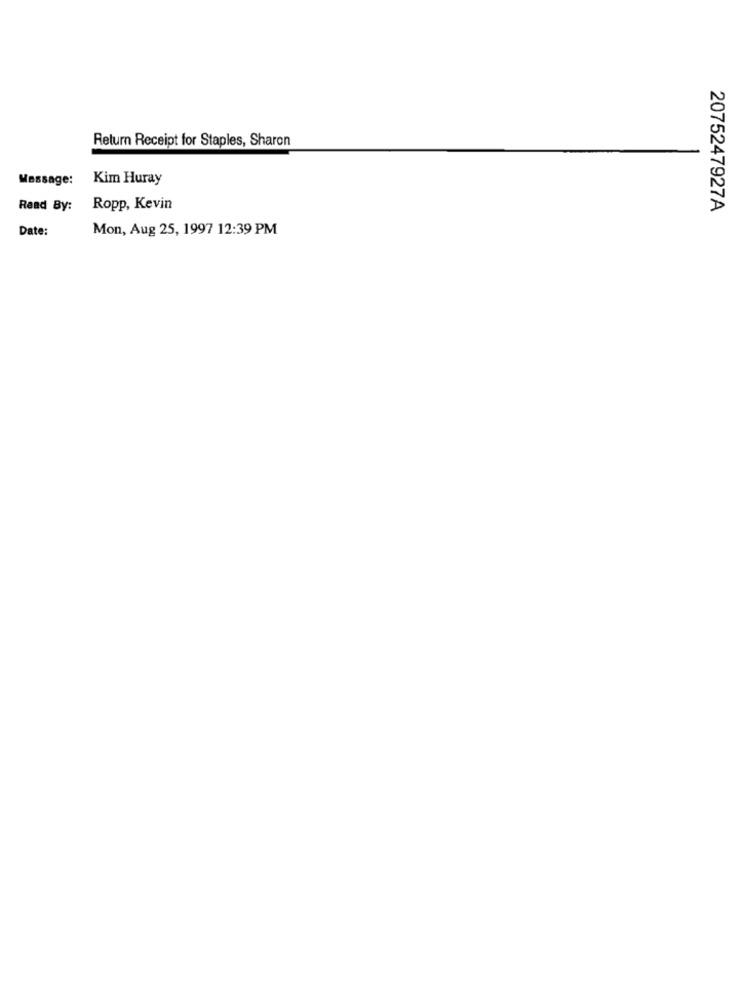
Return Receipt for Staples, Sharon
Message:
Kim Huray
Read By:
Ropp, Kevin
2075247927A
Date:
Mon, Aug 25, 1997 12:39 PM